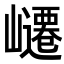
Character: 𭗥